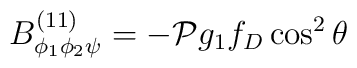
B^{(11)}_{\phi_1\phi_2\psi}=-{\cal P}g_1f_D\cos^2\theta